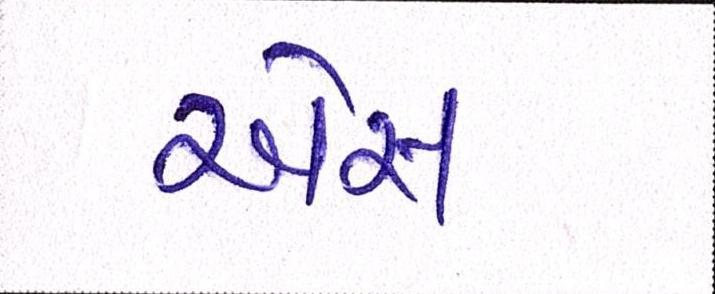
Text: એસ